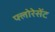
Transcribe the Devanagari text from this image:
फ्लोरेसेंट